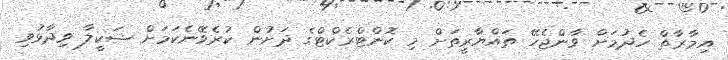
އިމާރާތް ހެދުމަށް ވާންޖެހޭ ތައްޔާރީތަށް މި ކޮންޓްރެކްޓްގެ ދަށުން ކުރެވޭނެކަމަށް ޝަކީލާ ވިދާޅުވި